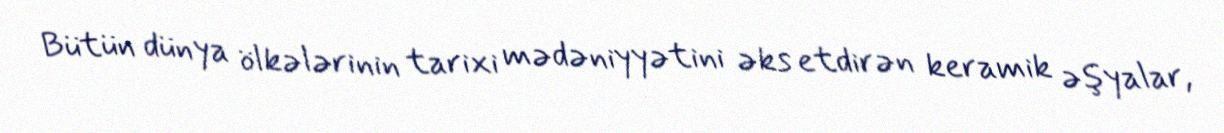
Bütün dünya ölkələrinin tarixi mədəniyyətini əks etdirən keramik əşyalar,